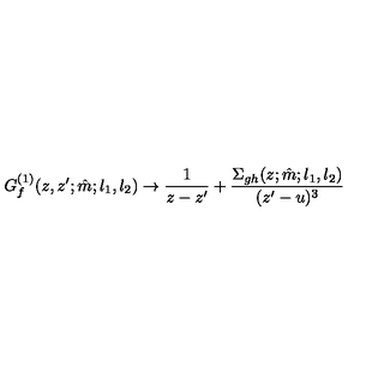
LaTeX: G _ { f } ^ { ( 1 ) } ( z , z ^ { \prime } ; \hat { m } ; l _ { 1 } , l _ { 2 } ) \to \frac { 1 } { z - z ^ { \prime } } + \frac { \Sigma _ { g h } ( z ; \hat { m } ; l _ { 1 } , l _ { 2 } ) } { ( z ^ { \prime } - u ) ^ { 3 } }